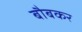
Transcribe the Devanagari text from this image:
बौबकर